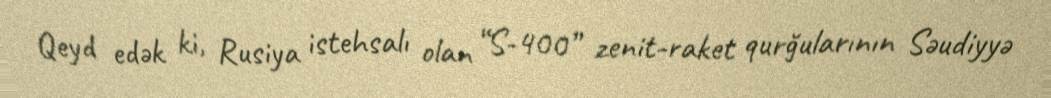
Qeyd edək ki, Rusiya istehsalı olan “S-400” zenit-raket qurğularının Səudiyyə